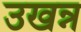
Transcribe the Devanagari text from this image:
उखन्न